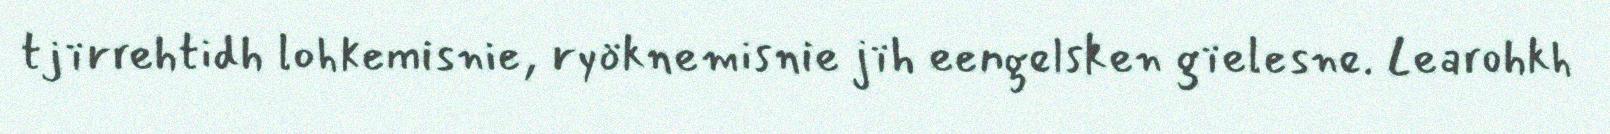
tjïrrehtidh lohkemisnie, ryöknemisnie jïh eengelsken gïelesne. Learohkh